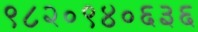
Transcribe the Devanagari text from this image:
९८२०९४०६३६